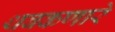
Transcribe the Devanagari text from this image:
थबकणारे